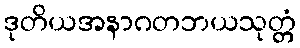
ဒုတိယအနာဂတဘယသုတ္တံ